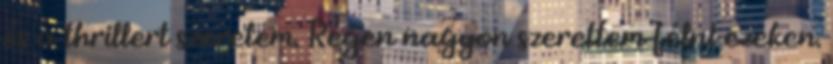
és a thrillert szeretem. Régen nagyon szerettem félni ezeken.